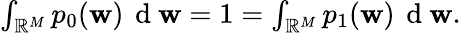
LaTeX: \begin{array}{r}{\int_{\mathbb{R}^{M}}p_{0}(\mathbf{w})\, \mathrm{~d~}\mathbf{w}=1=\int_{\mathbb{R}^{M}}p_{1}(\mathbf{w})\, \mathrm{~d~}\mathbf{w}.}\end{array}